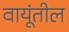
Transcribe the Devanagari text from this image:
वायूंतील